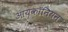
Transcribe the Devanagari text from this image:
आयकॉनियन